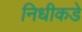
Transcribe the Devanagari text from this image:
निधीकडे